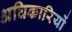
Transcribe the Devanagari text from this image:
अघिकारियों